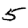
Digit: 5